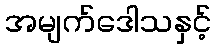
အမျက်ဒေါသနှင့်